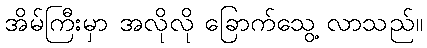
အိမ်ကြီးမှာ အလိုလို ခြောက်သွေ့ လာသည်။